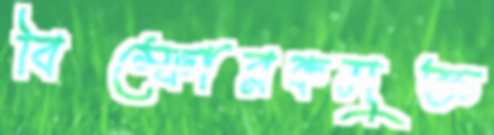
বিস্ফোরকমুক্ত